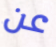
عن